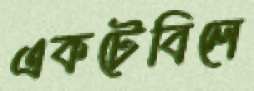
একটেবিলে